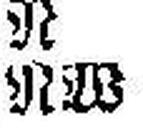
NW